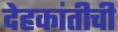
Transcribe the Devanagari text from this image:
देहकांतीची